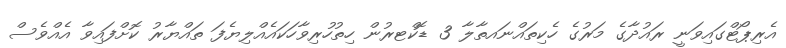
އެރިޕޯޓްގައިވަނީ ރައުދާގެ މަރުގެ ހެކިތައްނައތާލާ 3 ޑޮކްޓރުން ހިތުހުރިވާހަކައެއްލިޔެފަ ތައްޔާރު ކޮށްފައިވާ އެއްވެސް